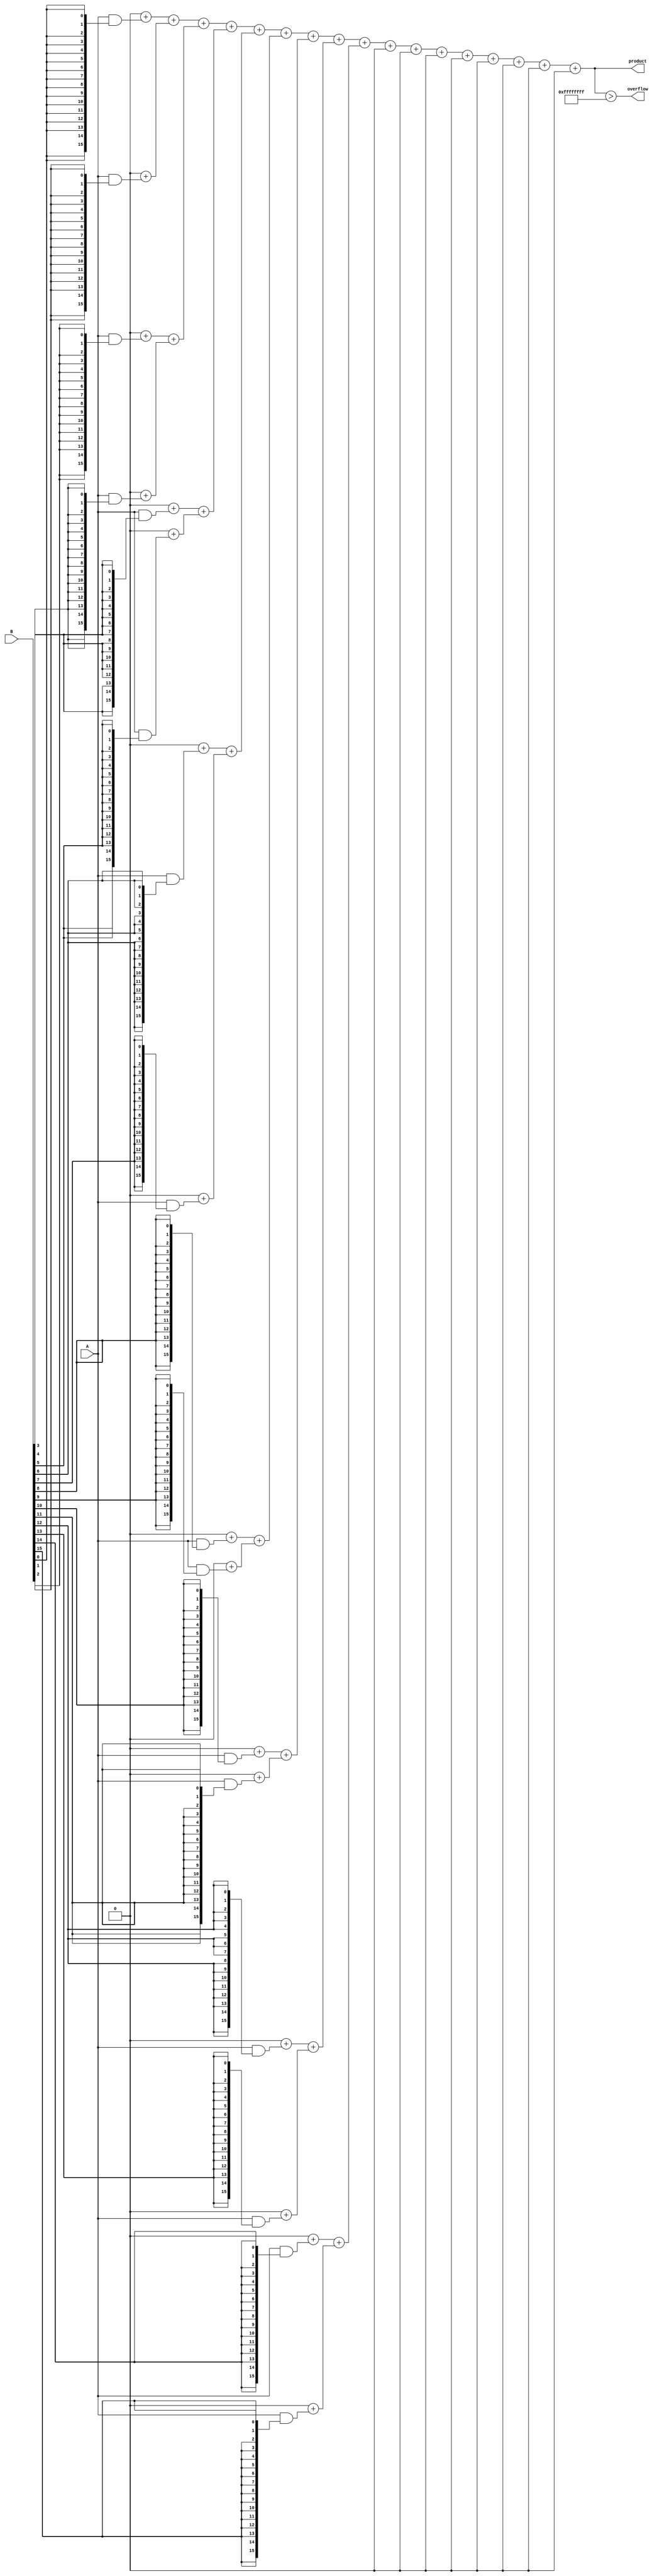
module variable_length_wallace_tree_multiplier #(parameter MAX_A_WIDTH = 16, MAX_B_WIDTH = 16) (
    input [MAX_A_WIDTH-1:0] A, // Input A
    input [MAX_B_WIDTH-1:0] B, // Input B
    output reg [(MAX_A_WIDTH + MAX_B_WIDTH - 1):0] product, // Output product
    output reg overflow // Overflow flag
);

    // Internal signals for partial products
    reg [MAX_A_WIDTH-1:0] partial_products[MAX_B_WIDTH-1:0];
    reg [MAX_A_WIDTH + MAX_B_WIDTH - 1:0] sum_stage1[MAX_A_WIDTH + MAX_B_WIDTH - 1:0];
    reg [MAX_A_WIDTH + MAX_B_WIDTH - 1:0] sum_stage2[MAX_A_WIDTH + MAX_B_WIDTH - 1:0];

    integer i, j;

    // Generate partial products
    always @* begin
        for (i = 0; i < MAX_B_WIDTH; i = i + 1) begin
            partial_products[i] = A & {MAX_A_WIDTH{B[i]}};
        end
    end

    // Wallace Tree Reduction
    always @* begin
        // Initialize sums
        for (i = 0; i < MAX_A_WIDTH + MAX_B_WIDTH; i = i + 1) begin
            sum_stage1[i] = 0;
            sum_stage2[i] = 0;
        end

        // First stage of addition
        for (i = 0; i < MAX_B_WIDTH; i = i + 1) begin
            if (i < MAX_A_WIDTH + MAX_B_WIDTH) begin
                sum_stage1[i] = sum_stage1[i] + partial_products[i];
            end
        end

        // Second stage of addition (Wallace Tree logic)
        for (i = 0; i < MAX_A_WIDTH + MAX_B_WIDTH - 1; i = i + 2) begin
            sum_stage2[i/2] = sum_stage1[i] + sum_stage1[i + 1];
        end

        // Final addition
        product = sum_stage2[0];
        for (j = 1; j < (MAX_A_WIDTH + MAX_B_WIDTH + 1) / 2; j = j + 1) begin
            product = product + sum_stage2[j];
        end

        // Overflow detection
        overflow = (product > {1'b0, {(MAX_A_WIDTH + MAX_B_WIDTH){1'b1}}});
    end

endmodule